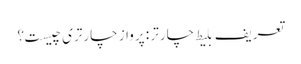
تعریف بلیط چارتر : پرواز چارتری چیست؟